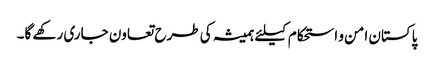
پاکستان امن و استحکام کیلئے ہمیشہ کی طرح تعاون جاری رکھے گا۔